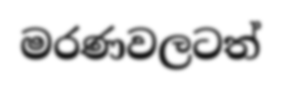
මරණවලටත්